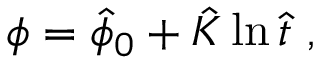
\phi = \hat { \phi } _ { 0 } + \hat { K } \ln \hat { t } \ ,